Report of the Indian Hemp Drugs Commission, 1894-1895 - Volume VII
Year: 1894
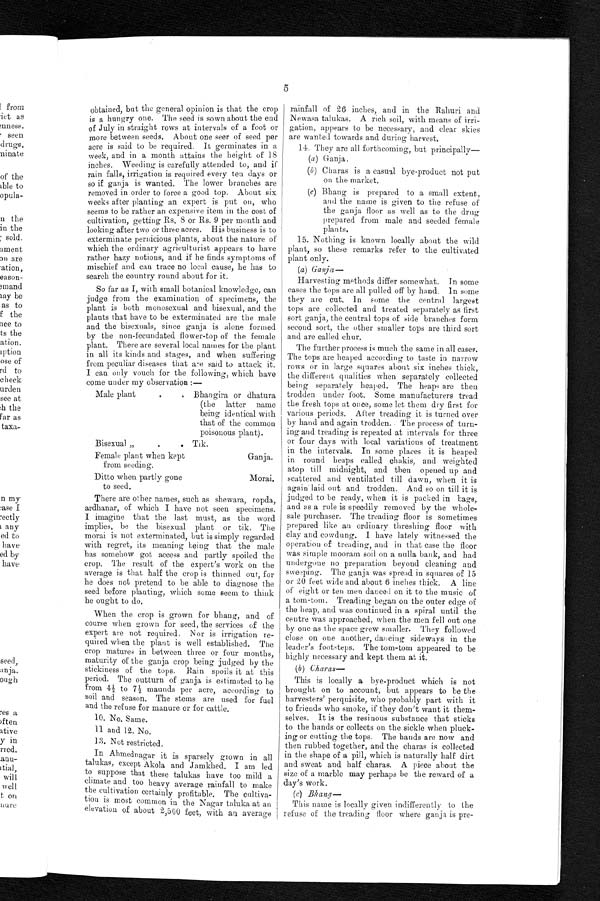
obtained, but the general opinion is that the crop
is a hungry one. The seed is sown about the end
of July in straight rows at intervals of a foot or
more between seeds, About one seer of seed per
acre is said to be required. It germinates in a
week, and in a month attains the height of 18
inches. Weeding is carefully attended to, and if
rain falls, irrigation is required every ten days or
so if ganja is wanted. The lower branches are
removed in order to force a good top. About six
weeks after planting an expert is put on, who
seems to be rather an expensive item in the cost of
cultivation, getting Rs. 8 or Rs. 9 per month and
looking after two or three acres. His business is to
exterminate pernicious plants, about the nature of
which the ordinary agriculturist appears to have
rather hazy notions, and if he finds symptoms of
mischief and can trace no local cause, he has to
search the country round about for it.
So far as I, with small botanical knowledge, can
judge from the examination of specimens, the
plant is both monosexual and bisexual, and the
plants that have to be exterminated are the male
and the bisexuals, since ganja is alone formed
by the non-fecundated flower-top of the female
plant. There are several local names for the plant
in all its kinds and stages, and when suffering
from peculiar diseases that are said to attack it.
I can only vouch for the following, which have
come under my observation :—
Male plant. Bhangira or dhatura
(the latter
name
being identical with
that of the common
poisonous plant).
Bisexual „. Tik.
Female plant when kept
from seeding.
Ganja.
Ditto when partly gone
to seed.
Morai.
5
There are other names, such as shewara, ropda,
ardhanar, of which I have not seen specimens.
I imagine that the last must, as the word
implies, be the bisexual plant or tik. The
morai is not exterminated, but is simply regarded
with regret, its meaning being that the male
has somehow got access and partly spoiled the
crop. The result of the expert's work on the
average is that half the crop is thinned out, for
he does not pretend to be able to diagnose the
seed before planting, which some seem to think
he ought to do.
When the crop is grown for bhang, and of
course when grown for seed, the services of the
expert are not required. Nor is irrigation re-
quired when the plant is well established. The
crop matures in between three or four months,
maturity of the ganja crop being judged by the
stickiness of the tops. Rain spoils it at this
period. The outturn of ganja is estimated to he
from 4½ to 7½ maunds per acre, according to
soil and season. The stems are used for fuel
and the refuse for manure or for cattle.
10. No. Same.
11 and 12. No.
13. Not restricted.
In Ahmednagar it is sparsely grown in all
talukas, except Akola and Jamkhed. I am led
to suppose that these talukas have too mild a
climate and too heavy average rainfall to make
the cultivation certainly profitable. The cultiva-
tion is most common in the Nagar taluka at an
elevation of about 2,500 feet, with an average
rainfall of 26 inches, and in the Rahuri and
Newasa talukas. A rich soil, with means of irri-
gation, appears to be necessary, and clear skies
are wanted towards and during harvest.
14. They are all forthcoming, but principally—
(
a
)
Ganja.
(b) Charas is a casual bye-product not put
on the market.
(
c
)
Bhang is prepared to a small extent,
and the name is given to the refuse of
the ganja floor as well as to the drug
prepared from male and seeded female
plants.
15. Nothing is known locally about the wild
plant, so these remarks refer to the cultivated
plant only.
( a )
Ganja
—
Harvesting methods differ somewhat. In some
cases the tops are all pulled off by hand, In some
they are cut. In some the central largest
tops are collected and treated separately as first
sort ganja, the central tops of side branches form
second sort, the other smaller tops are third sort
and are called chur.
The further process is much the same in all cases.
The tops are heaped according to taste in narrow
rows or in large squares about six inches thick,
the different qualities when separately collected
being separately heaped. The heaps are then
trodden under foot. Some manufacturers tread
the fresh tops at once, some let them dry first for
various periods. After treading it is turned over
by hand and again trodden. The process of turn-
ing and treading is repeated at intervals for three
or four days with local variations of treatment
in the intervals. In some places it is heaped
in round heaps called chakis, and weighted
atop till midnight, and then opened up and
scattered and ventilated till dawn, when it is
again laid out and trodden. And so on till it is
judged to be ready, when it is packed in bags,
and as a rule is speedily removed by the whole-
sale purchaser. The treading floor is sometimes
prepared like an ordinary threshing floor with
clay and cowdung. I have lately witnessed the
operation of treading, and in that case the floor
was simple mooram soil on a nulla bank, and had
undergone no preparation beyond cleaning and
sweeping. The ganja was spread in squares of 15
or 20 feet wide and about 6 inches thick. A line
of eight or ten men danced on it to the music of
a tom-tom. Treading began on the outer edge of
the heap, and was continued in a spiral until the
centre was approached, when the men fell out one
by one as the space grew smaller. They followed
close on one another, dancing sideways in the
leader's footsteps. The tom-tom appeared to be
highly necessary and kept them at it.
(b) Charas—
This is locally a bye-product which is not
brought on to account, but appears to be the
harvesters' perquisite, who probably part with it
to friends who smoke, if they don't want it them-
selves. It is the resinous substance that sticks
to the hands or collects on the sickle when pluck-
ing or cutting the tops. The bands are now and
then rubbed together, and the charas is collected
in the shape of a pill, which is naturally half dirt
and sweat and half charas. A piece about the
size of a marble may perhaps be the reward of a
day's work.
(c) Bhang—
This name is locally given indifferently to the
refuse of the treading floor where ganja is pre-